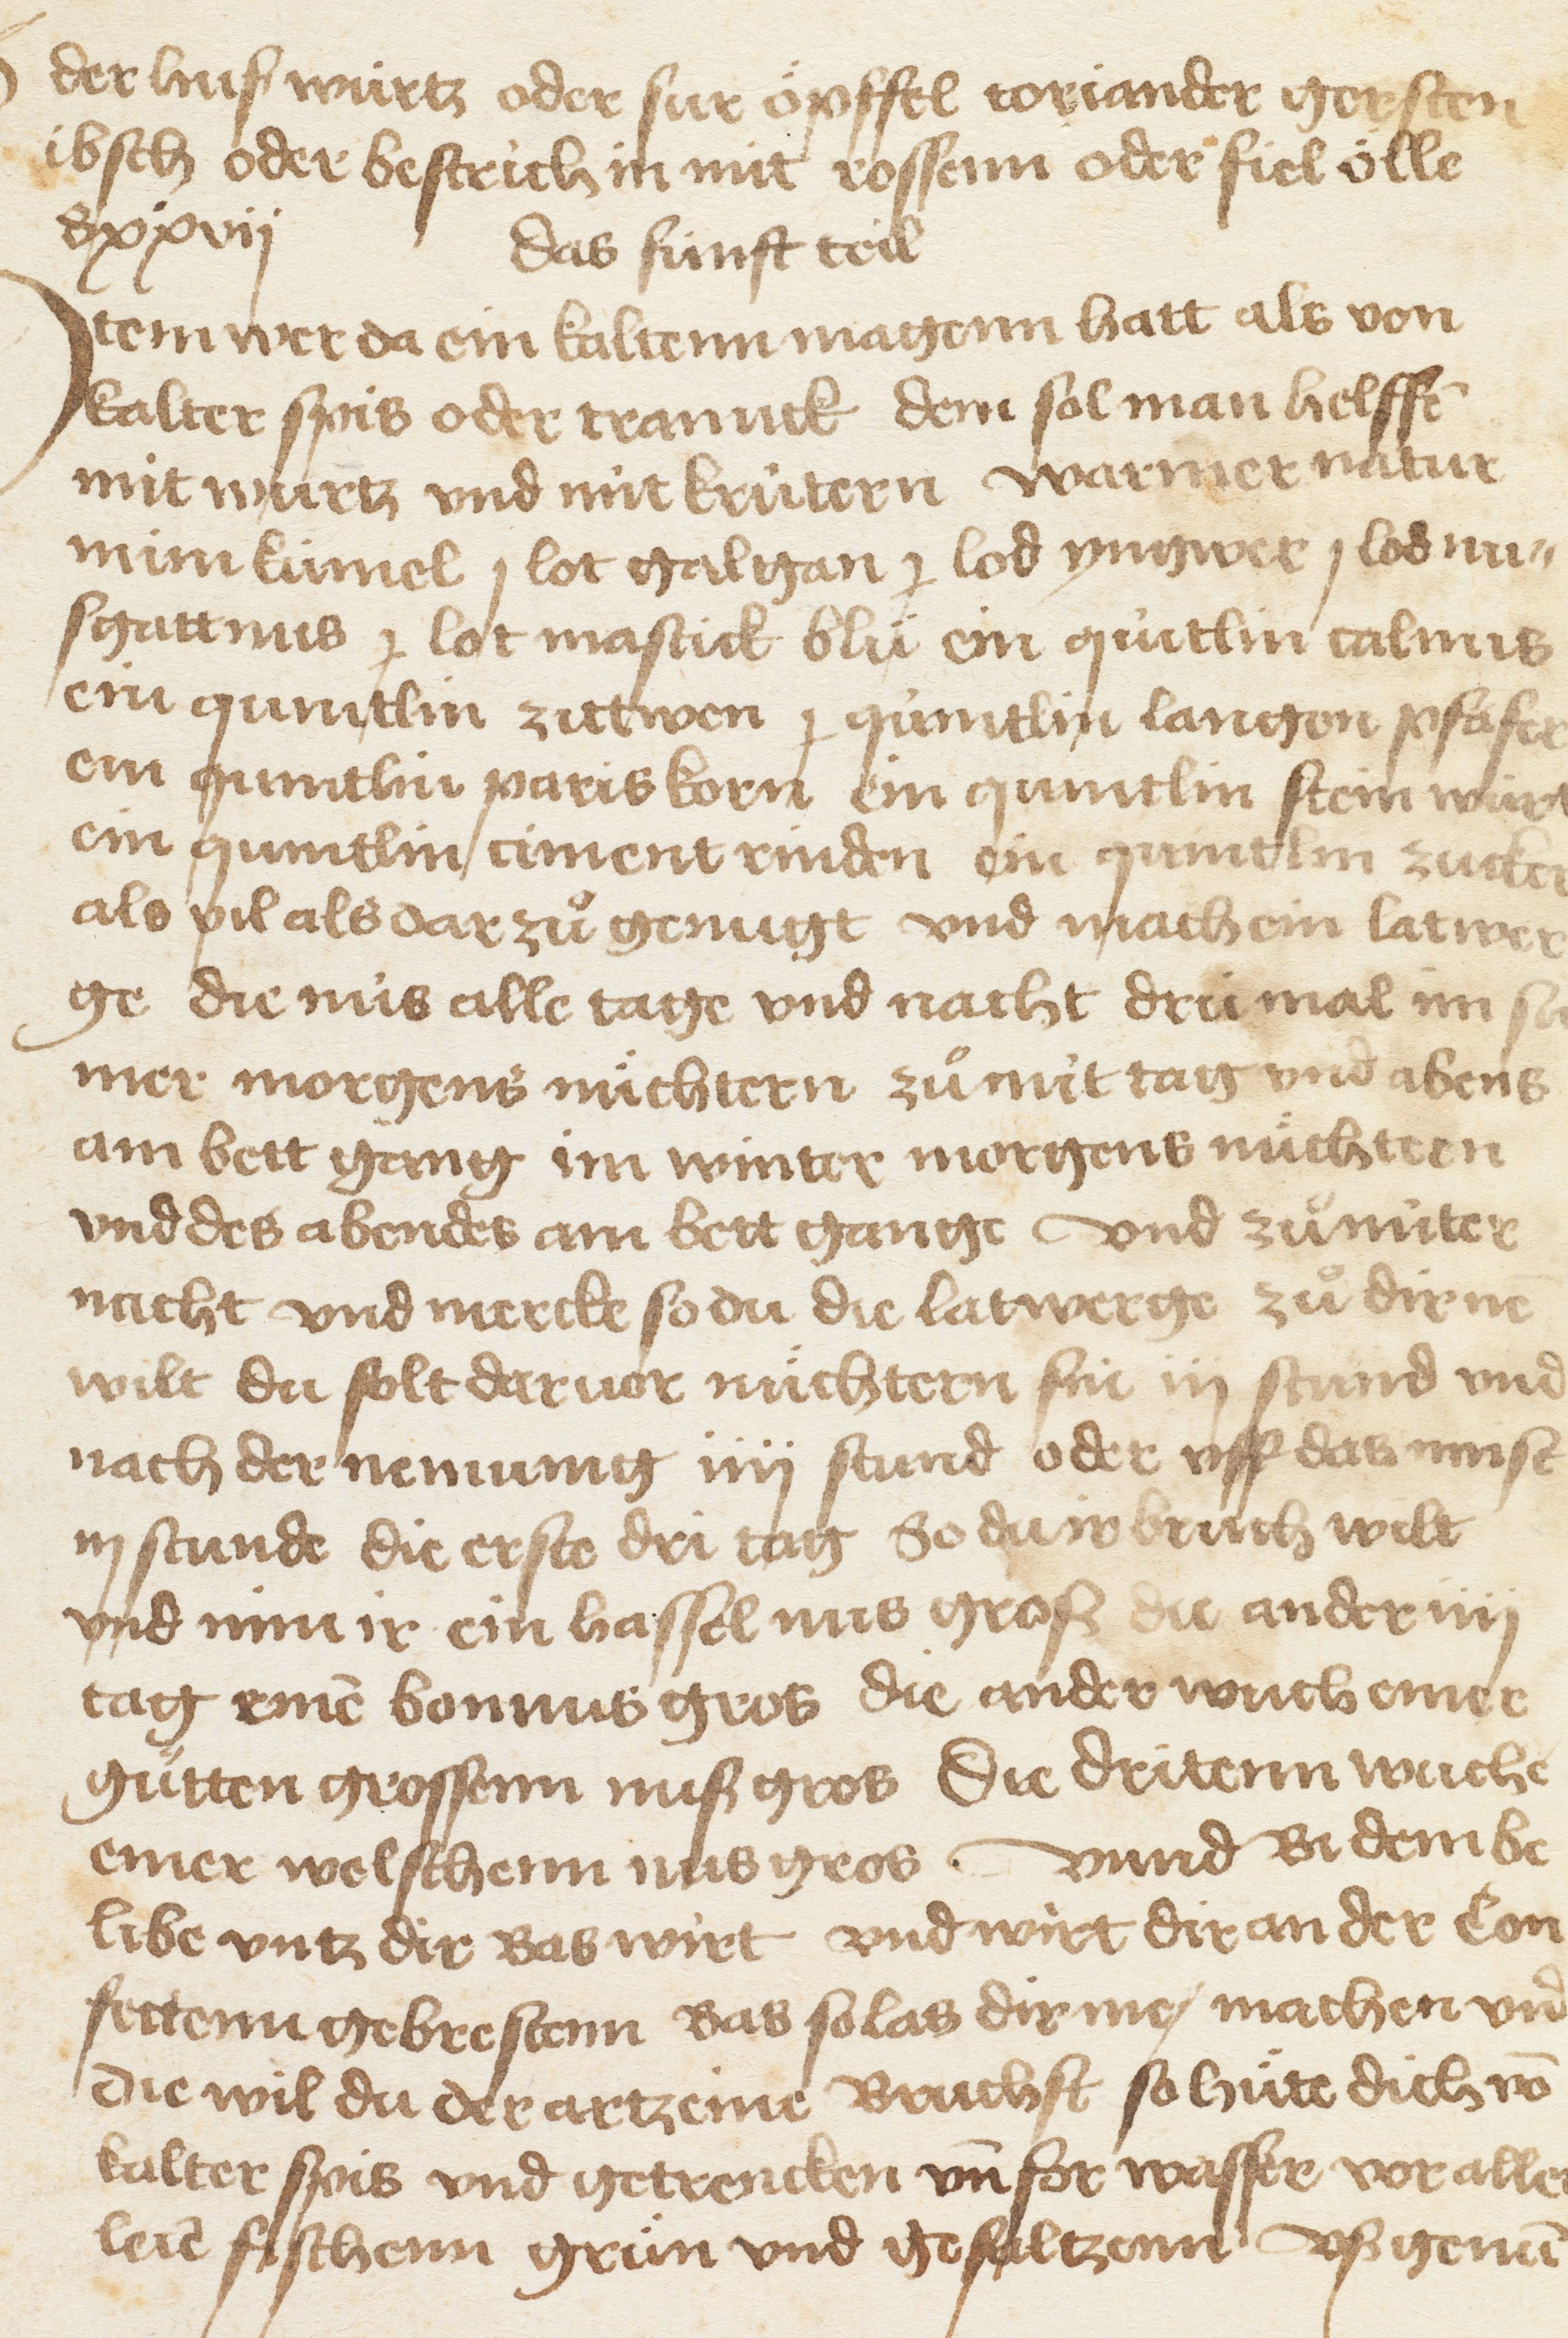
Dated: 1450–1499